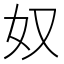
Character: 奴